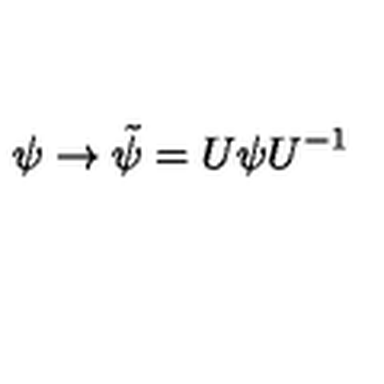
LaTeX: \psi \rightarrow \tilde { \psi } = U \psi U ^ { - 1 }